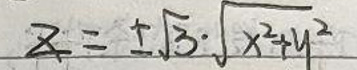
$z=\pm \sqrt {3}\cdot \sqrt {x^{2}+y^{2}}$